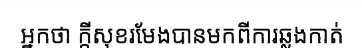
អ្នកថា ក្តីសុខរមែងបានមកពីការឆ្លងកាត់